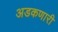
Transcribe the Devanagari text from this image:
अडकणारी